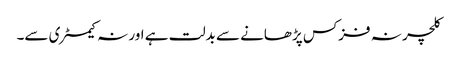
کلچر نہ فزکس پڑھانے سے بدلت ہے اور نہ کیمسٹری سے۔